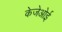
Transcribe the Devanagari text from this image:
केजेओई